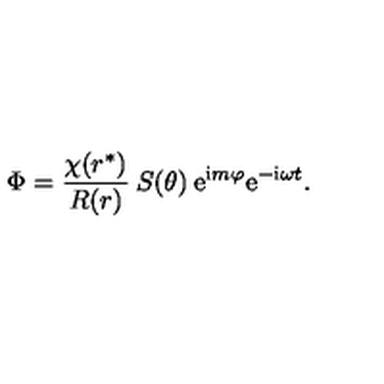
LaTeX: \Phi = \frac { \chi ( r ^ { * } ) } { R ( r ) } \: S ( \theta ) \: \mathrm { e } ^ { \mathrm { \scriptsize i } m \varphi } \mathrm { e } ^ { - \mathrm { \scriptsize i } \omega t } .